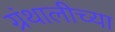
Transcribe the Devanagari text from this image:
ग्रंथालीच्‍या